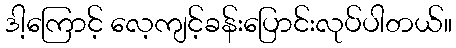
ဒါ့ကြောင့် လေ့ကျင့်ခန်းပြောင်းလုပ်ပါတယ်။